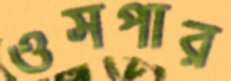
ওসপার